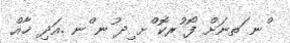
ްނ ަތނަށް ފޯ ުރކޮ ްށ ިދ ުނ ްނ .އަދި ޚާއް